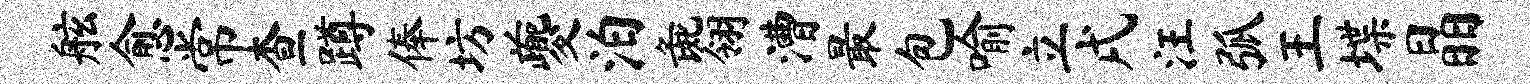
舷愈常查蹲俸坊夔泊彘翎漕最包喻立戌汪弧王堞晶